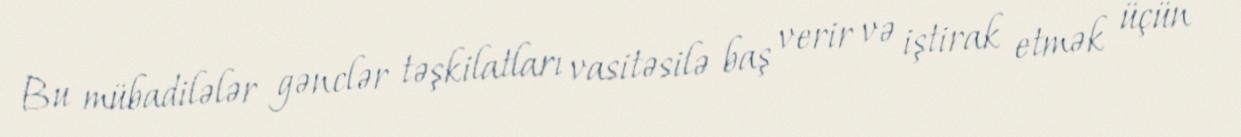
Bu mübadilələr gənclər təşkilatları vasitəsilə baş verir və iştirak etmək üçün